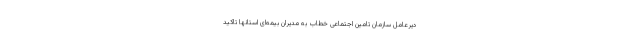
دیرعامل سازمان تامین اجتماعی خطاب به مدیران بیمه‌ای استانها تاکید